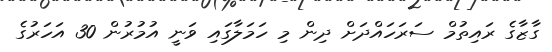
ގާޒާގެ ރައިތުމް ސަރަހައްދަށް ދިން މި ހަމަލާގައި ވަނީ އުމުރުން 30 އަހަރުގެ